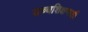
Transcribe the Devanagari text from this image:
उच्चशिक्षणाशी